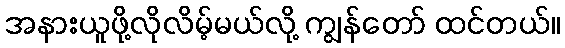
အနားယူဖို့လိုလိမ့်မယ်လို့ ကျွန်တော် ထင်တယ်။